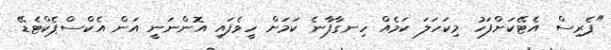
"ޕެރިސް އެޓޭކަށްފަހު މިކަހަލަ ކަމެއް ހިނގާފާނެ ކަމަށް ހީވެފައި އޮންނަނީ އަން އެކްސްޕެކްޓެޑޭ